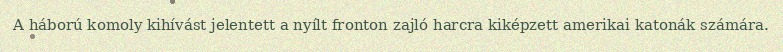
A háború komoly kihívást jelentett a nyílt fronton zajló harcra kiképzett amerikai katonák számára.